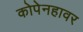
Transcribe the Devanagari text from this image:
कोपेनहावर